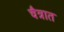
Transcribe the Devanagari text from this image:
चैत्रात